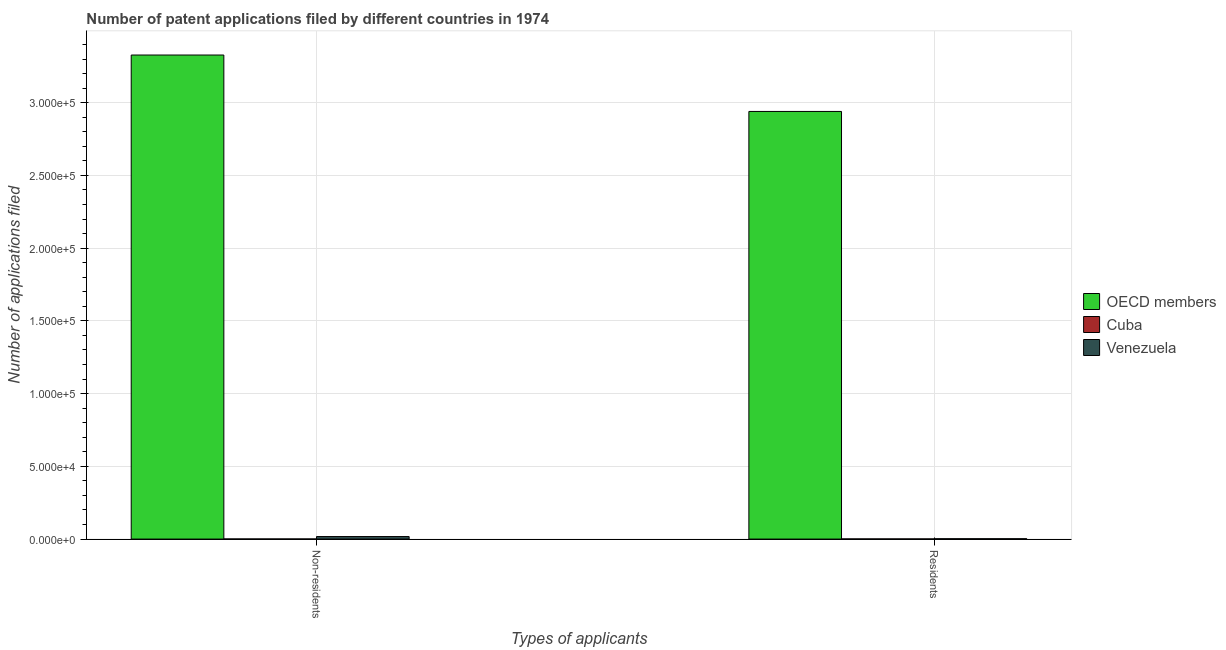
| Types of applicants | OECD members | Cuba | Venezuela |
 | --- | --- | --- | --- |
 | Non-residents | 3.33e+05 | 70 | 1.74e+03 |
 | Residents | 2.94e+05 | 97 | 241 |